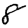
Digit: 8